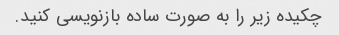
چکیده زیر را به صورت ساده بازنویسی کنید.